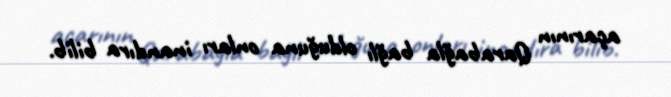
açarının Qarabağla bağlı olduğuna onları inandıra bilib.